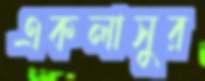
একলাসুর